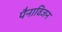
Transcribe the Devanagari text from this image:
पैनाविजन